Jaan_Tonisson_(Lasteleht), lk 158
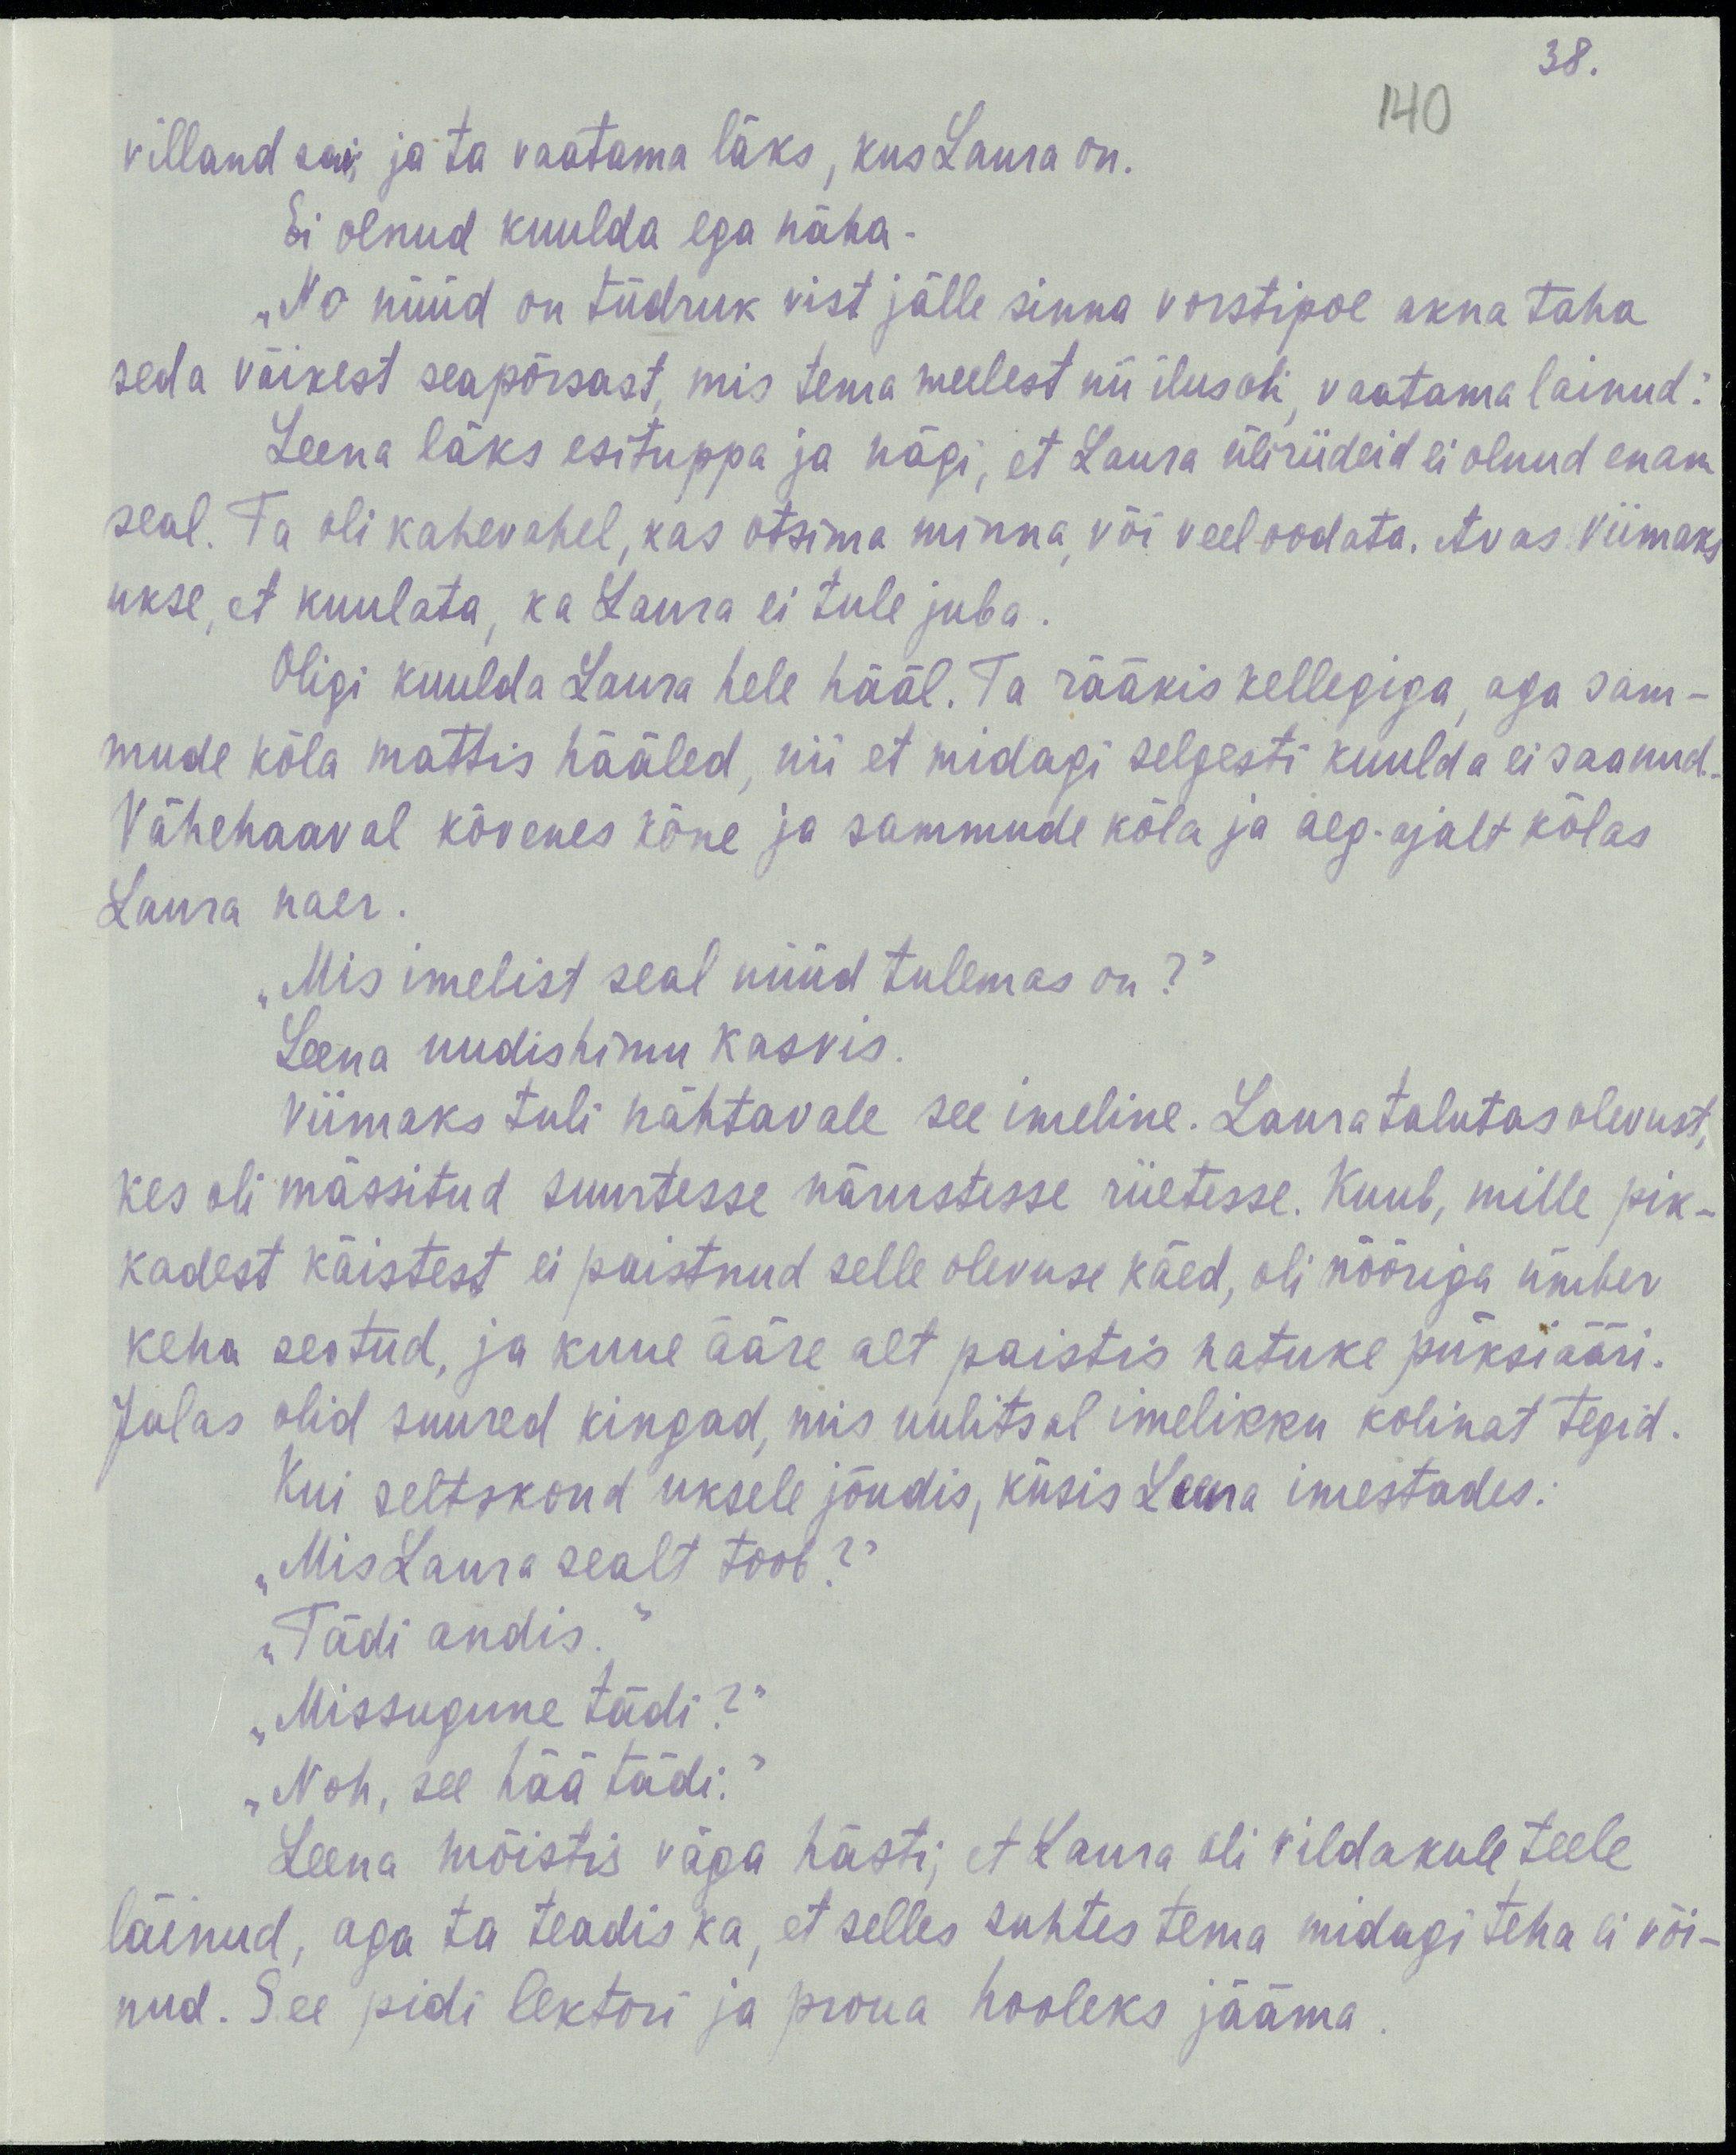
38.
140
villand sai ja ta vaatama läks, kus Laura on.
Ei olnud kuulda ega näha.
„No nüüd on tüdruk vist jälle sinna vorstipoe akna taha
seda väikest seapõrsast, mis tema meelest nii ilus oli, vaatama lainud.“
Leena läks esituppa ja nägi, et Laura üliriideid ei olnud enam
seal. Ta oli kahevahel, kas otsima minna, või veel oodata. Avas viimaks
ukse, et kuulata, ka Laura ei tule juba.
Oligi kuulda Laura hele hääl. Ta rääkis kellegiga, aga sam-
mude kõla mattis hääled, nii et midagi selgesti kuulda ei saanud.
Vähehaaval kõvenes kõne ja sammude kõla ja aeg-ajalt kõlas
Laura naer.
„Mis imelist seal nüüd tulemas on?“
Leena uudishimu kasvas.
Viimaks tuli nähtavale see imeline. Laura talutas olevust,
kes oli mässitud suurtesse närustesse riietesse. Kuub, mille pik-
kadest käistest ei paistnud selle olevuse käed, oli nööriga ümber
keha seotud, ja kuue ääre alt paistis natukene püksiääri.
Jalas olid suured kingad, mis uulitsal imelikku kolinat tegid.
Kui seltskond uksele jõudis, küsis Leena imestades:
„Mis Laura sealt toob?“
„Tädi andis.“
„Missugune tädi?“
„Noh, see hää tädi.“
Leena mõistis väga hästi, et Laura oli vildakule teele
läinud, aga ta teadis ka, et selles suhtes tema midagi teha ei või-
nud. See pidi lektori proua hooleks jääma.